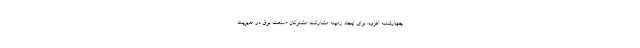
چهارشنبه افزود: برای ایجاد زمینه مشارکت مشترکان صنعت برق در مدیریت